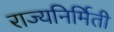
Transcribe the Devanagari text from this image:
राज्यनिर्मिती